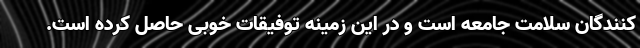
کنندگان سلامت جامعه است و در این زمینه توفیقات خوبی حاصل کرده است.